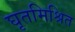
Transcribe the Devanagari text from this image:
घृतमिश्रित